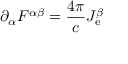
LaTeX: \partial _ { \alpha } F ^ { \alpha \beta } = { \frac { 4 \pi } { c } } J _ { \mathrm { e } } ^ { \beta }